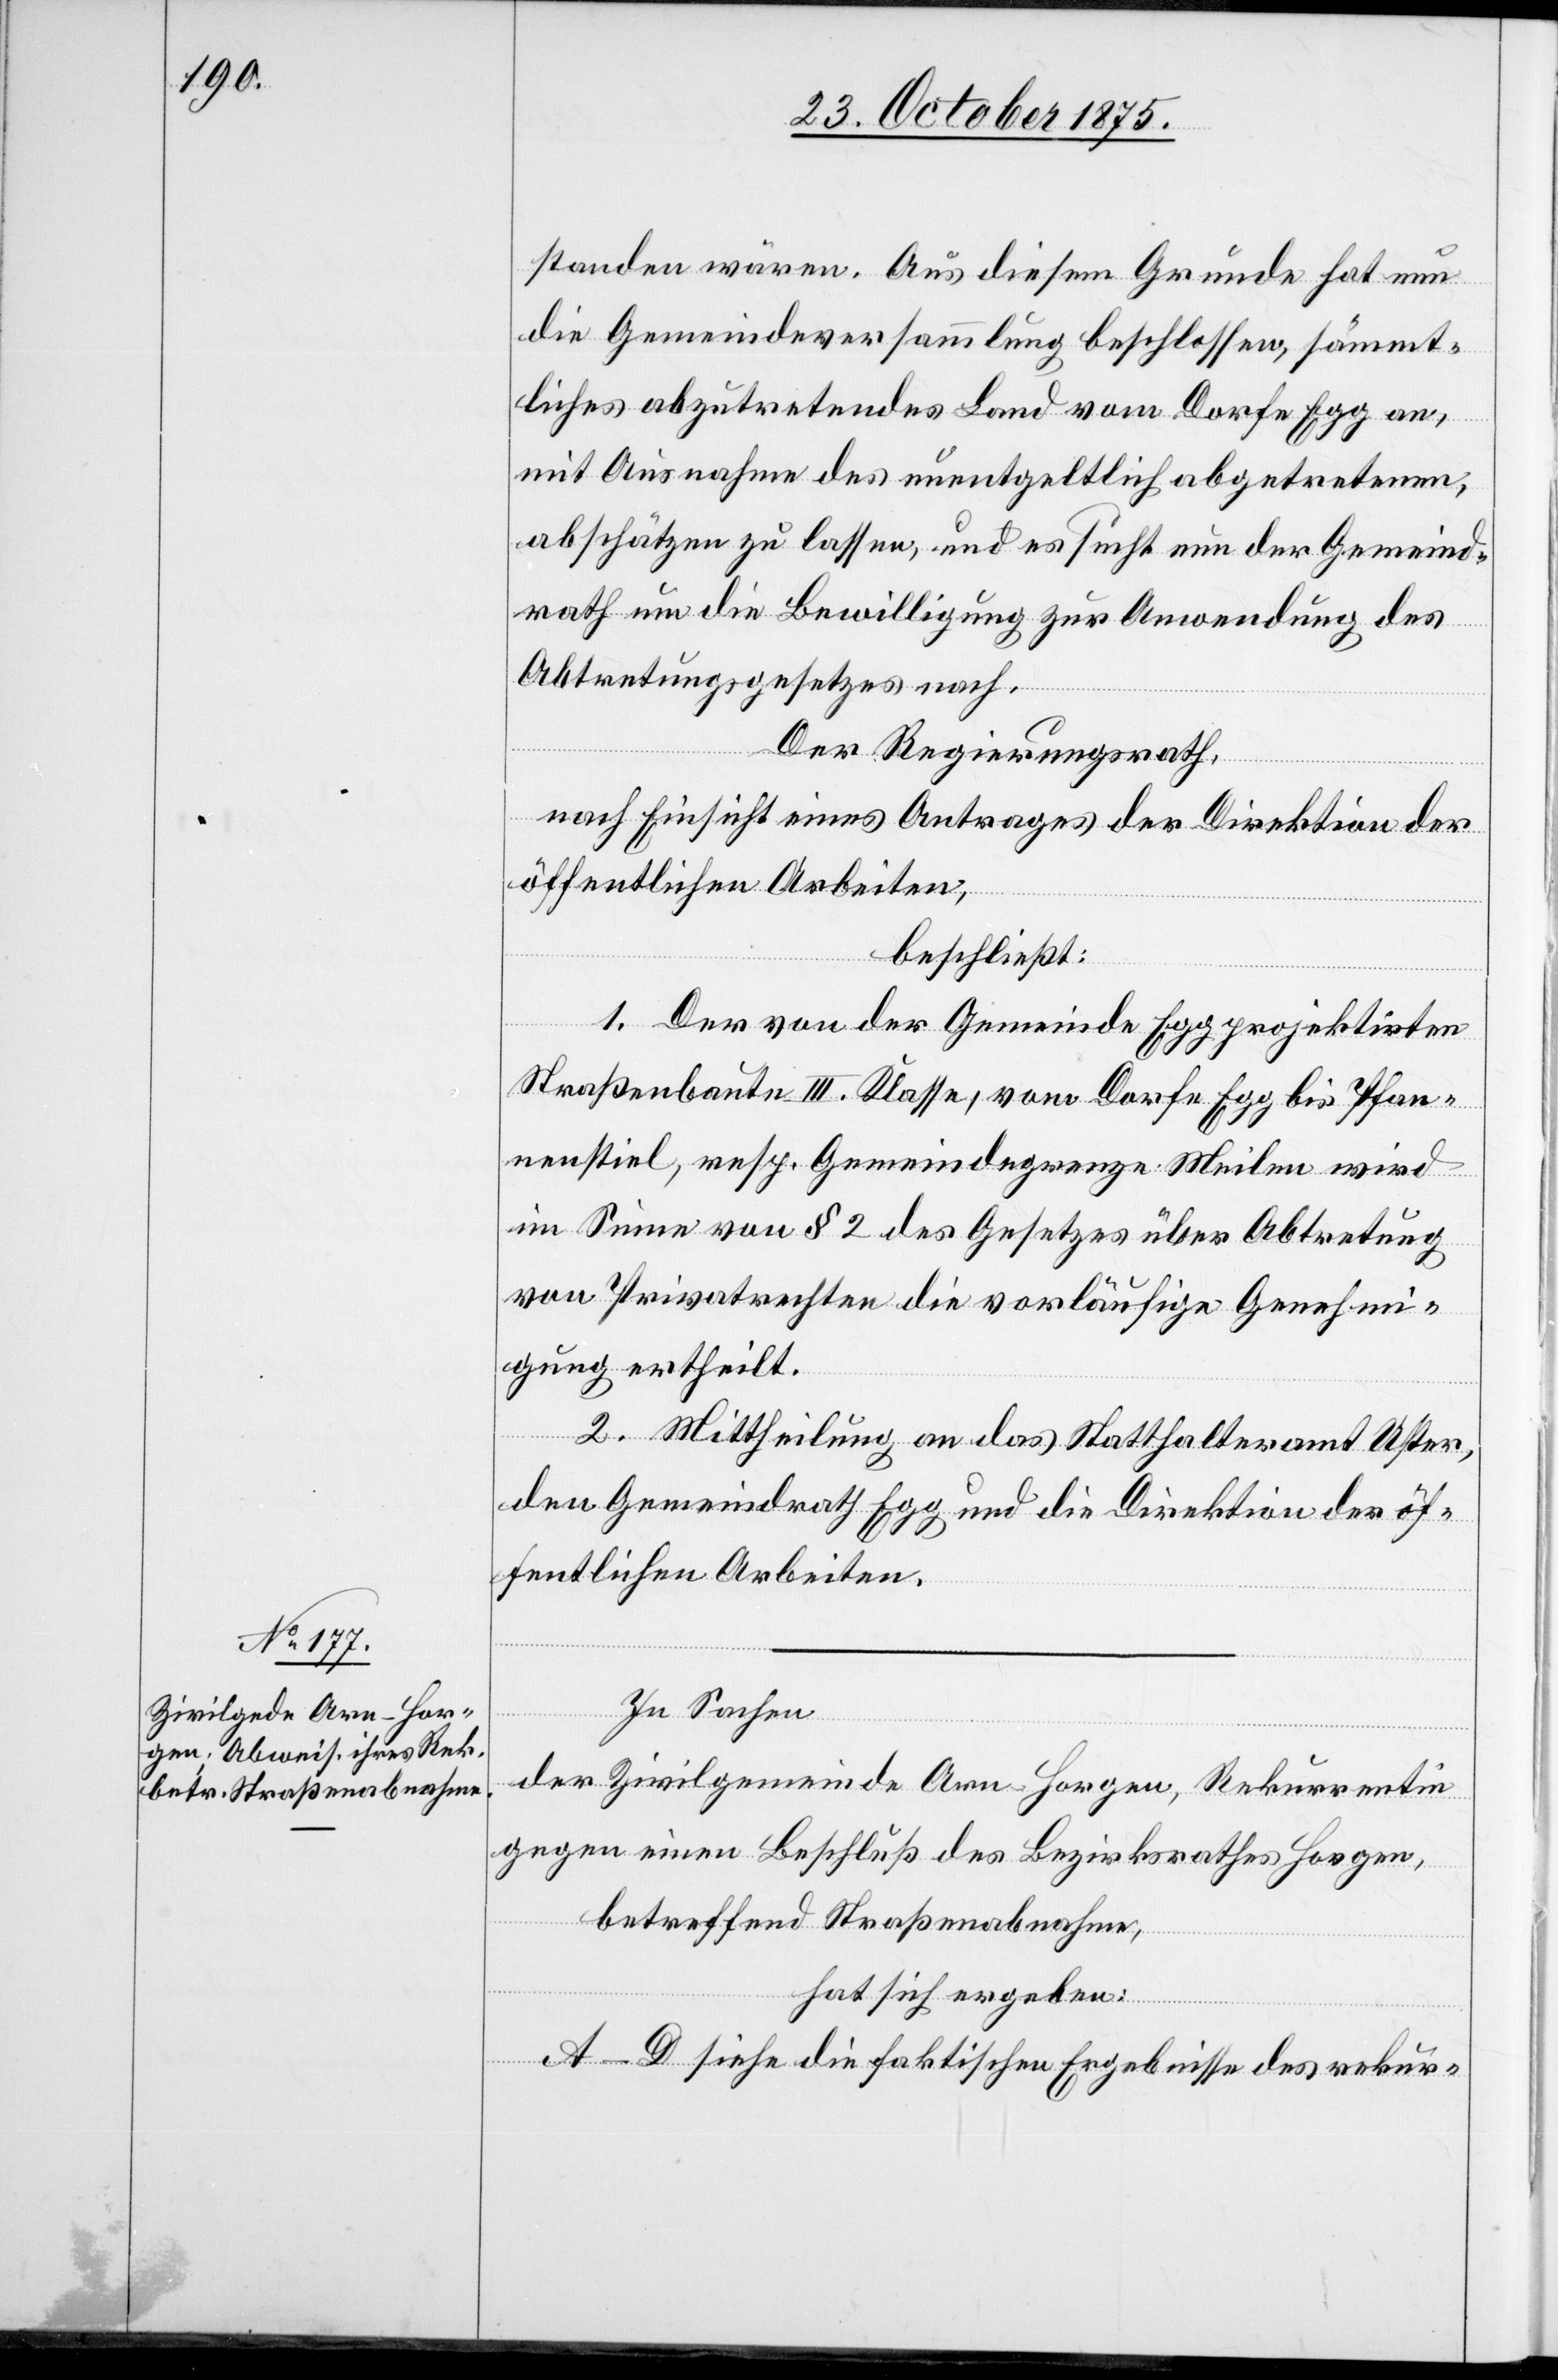
standen wären. Aus diesem Grunde hat nun
die Gemeindeversammlung beschlossen, sämmt¬
liches abzutretendes Land vom Dorfe Egg an,
mit Ausnahme des unentgeltlich abgetretenen,
abschätzen zu lassen, und es sucht nun der Gemeind¬
rath um die Bewilligung zur Anwendung des
Abtretungsgesetzes nach.
Der Regierungsrath,
nach Einsicht eines Antrages der Direktion der
öffentlichen Arbeiten,
beschließt:
1. Der von der Gemeinde Egg projektirten
Straßenbaute III. Klasse, vom Dorfe Egg bis Pfan¬
nenstiel, resp. Gemeindegrenze Meilen wird
im Sinne von § 2 des Gesetzes über Abtretung
von Privatrechten die vorläufige Genehmi¬
gung ertheilt.
2. Mittheilung an das Statthalteramt Uster,
den Gemeindrath Egg und die Direktion der öf¬
fentlichen Arbeiten.
In Sachen
der Zivilgemeinde Arn - Horgen, Rekurrentin
gegen einen Beschluß des Bezirksrathes Horgen,
betreffend Straßenabnahme,
hat sich ergeben:
A–D siehe die faktischen Ergebnisse des rekur-